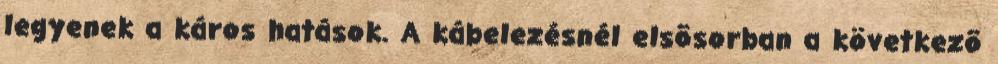
legyenek a káros hatások. A kábelezésnél elsõsorban a következõ